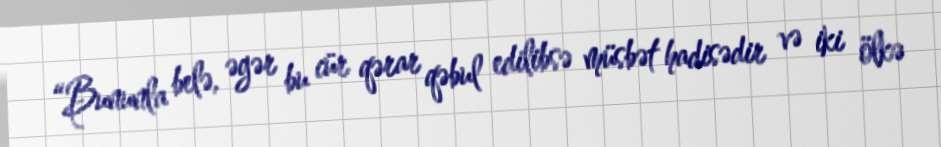
“Bununla belə, əgər bu cür qərar qəbul edilibsə müsbət hadisədir və iki ölkə